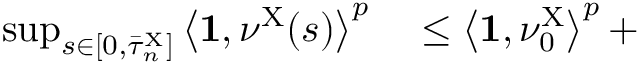
\begin{array} { r l } { \operatorname* { s u p } _ { s \in [ 0 , \bar { \tau } _ { n } ^ { \mathrm { X } } ] } \left\langle \mathbf { 1 } , \nu ^ { \mathrm { X } } ( s ) \right\rangle ^ { p } } & { { } \leq \left\langle \mathbf { 1 } , \nu _ { 0 } ^ { \mathrm { X } } \right\rangle ^ { p } + } \end{array}